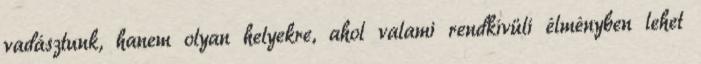
vadásztunk, hanem olyan helyekre, ahol valami rendkívüli élményben lehet